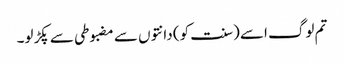
تم لوگ اسے (سنت کو) دانتوں سے مضبوطی سے پکڑ لو۔